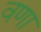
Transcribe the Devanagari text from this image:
वणा